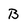
Character: B